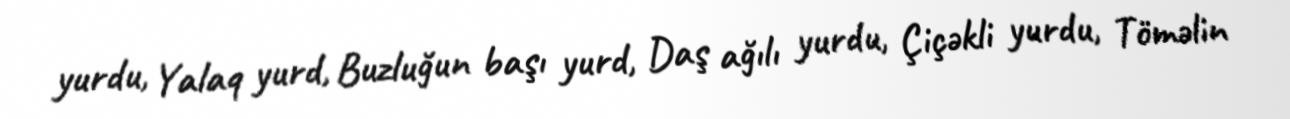
yurdu, Yalaq yurd, Buzluğun başı yurd, Daş ağılı yurdu, Çiçəkli yurdu, Töməlin